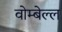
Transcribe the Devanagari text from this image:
वोम्बेल्ल